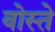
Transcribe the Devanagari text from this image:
वोस्ते